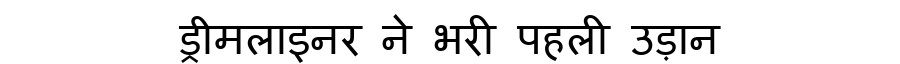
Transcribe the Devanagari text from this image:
ड्रीमलाइनर ने भरी पहली उड़ान